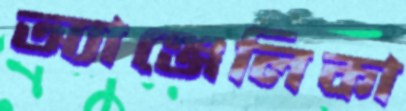
অ্যাঞ্জেলিকা